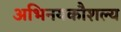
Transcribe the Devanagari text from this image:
अभिनयकौशल्य